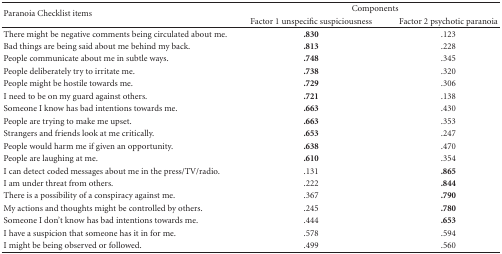
<table><thead><tr><td rowspan="2"><b>Paranoia Checklist items</b></td><td colspan="2"><b>Components</b></td></tr><tr><td><b>Factor 1 unspecific suspiciousness</b></td><td><b>Factor 2 psychotic paranoia</b></td></tr></thead><tbody><tr><td>There might be negative comments being circulated about me.</td><td><b>.830</b></td><td>.123</td></tr><tr><td>Bad things are being said about me behind my back.</td><td><b>.813</b></td><td>.228</td></tr><tr><td>People communicate about me in subtle ways.</td><td><b>.748</b></td><td>.345</td></tr><tr><td>People deliberately try to irritate me.</td><td><b>.738</b></td><td>.320</td></tr><tr><td>People might be hostile towards me.</td><td><b>.729</b></td><td>.306</td></tr><tr><td>I need to be on my guard against others.</td><td><b>.721</b></td><td>.138</td></tr><tr><td>Someone I know has bad intentions towards me.</td><td><b>.663</b></td><td>.430</td></tr><tr><td>People are trying to make me upset.</td><td><b>.663</b></td><td>.353</td></tr><tr><td>Strangers and friends look at me critically.</td><td><b>.653</b></td><td>.247</td></tr><tr><td>People would harm me if given an opportunity.</td><td><b>.638</b></td><td>.470</td></tr><tr><td>People are laughing at me.</td><td><b>.610</b></td><td>.354</td></tr><tr><td>I can detect coded messages about me in the press/TV/radio.</td><td>.131</td><td><b>.865</b></td></tr><tr><td>I am under threat from others.</td><td>.222</td><td><b>.844</b></td></tr><tr><td>There is a possibility of a conspiracy against me.</td><td>.367</td><td><b>.790</b></td></tr><tr><td>My actions and thoughts might be controlled by others.</td><td>.245</td><td><b>.780</b></td></tr><tr><td>Someone I don&#x27;t know has bad intentions towards me.</td><td>.444</td><td><b>.653</b></td></tr><tr><td>I have a suspicion that someone has it in for me.</td><td>.578</td><td>.594</td></tr><tr><td>I might be being observed or followed.</td><td>.499</td><td>.560</td></tr></tbody></table>